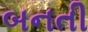
બનતી